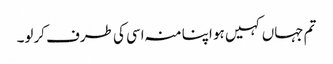
تم جہاں کہیں ہو اپنا منہ اسی کی طرف کرلو۔